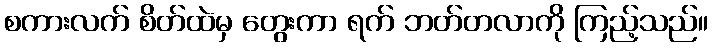
စကားလက် စိတ်ထဲမှ တွေးကာ ရက် ဘတ်တလာကို ကြည့်သည်။